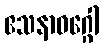
ဧသနာဝဂ္ဂေါ